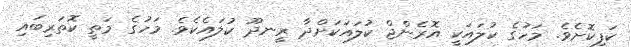
ކަފިކޮށެވެ. މަހުގެ ކުލައަކީ އޮރެންޖް ކުލައަކަށްދާ ރީނދޫ ކުލައެކެވެ. މަހުގެ މަތީ ކޮތަރިބައި